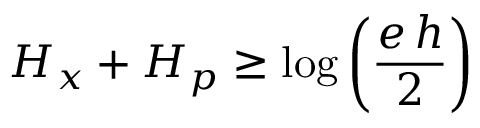
H _ { x } + H _ { p } \geq \log \left( { \frac { e \, h } { 2 } } \right)